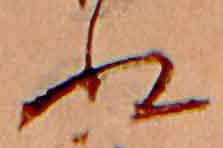
ぬ